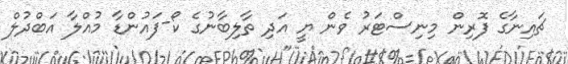
ޗައިނާގެ ފޮރިން މިނިސްޓަރު ވެން ޔީ އަދި ތާލިބާނުގެ ކޯ-ފައުންޑާ މުއްލާ އަބްދުލް